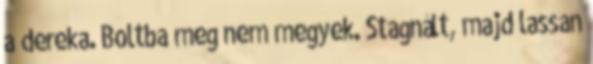
a dereka. Boltba meg nem megyek. Stagnált, majd lassan